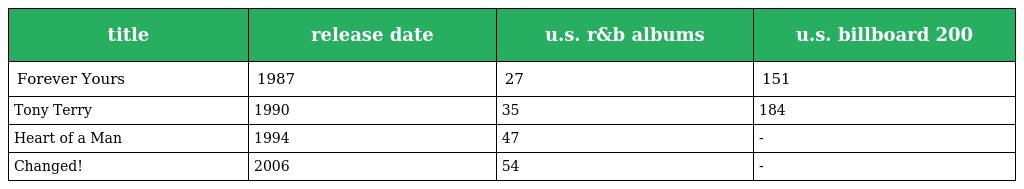
| title | release date | u.s. r&b albums | u.s. billboard 200 |
 | --- | --- | --- | --- |
 | Forever Yours | 1987 | 27 | 151 |
 | Tony Terry | 1990 | 35 | 184 |
 | Heart of a Man | 1994 | 47 | - |
 | Changed! | 2006 | 54 | - |